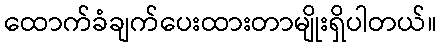
ထောက်ခံချက်ပေးထားတာမျိုးရှိပါတယ်။